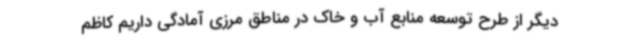
دیگر از طرح توسعه منابع آب و خاک در مناطق مرزی آمادگی داریم کاظم